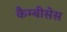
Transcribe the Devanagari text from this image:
कैम्बीसेस